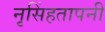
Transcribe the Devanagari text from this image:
नृसिंहतापनी